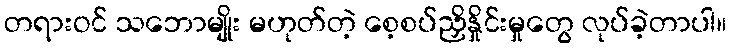
တရားဝင် သဘောမျိုး မဟုတ်တဲ့ စေ့စပ်ညှိနှိုင်းမှုတွေ လုပ်ခဲ့တာပါ။